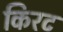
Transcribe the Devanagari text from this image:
किरट